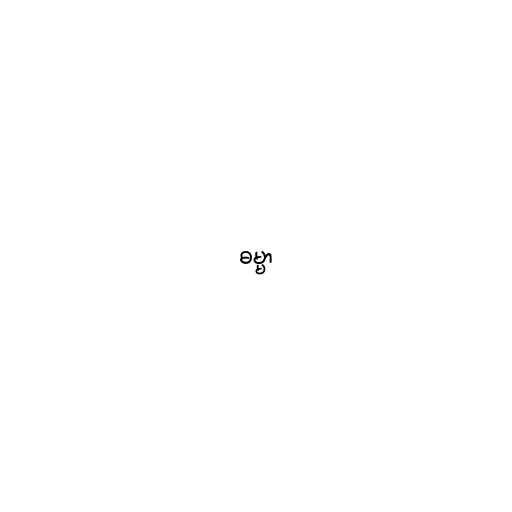
ဓမ္မာ